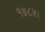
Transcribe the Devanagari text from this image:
१७८४।